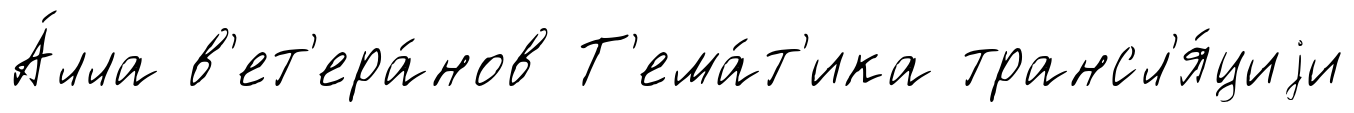
А́лла в'ет'ера́нов Т'ема́т'ика трансл'я́циjи